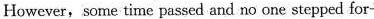
However, some tirme passed and no one stepped for-